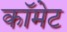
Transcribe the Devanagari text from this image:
काॅमेट